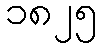
၁၈၂၅